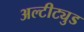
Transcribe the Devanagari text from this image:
अल्टीट्युड